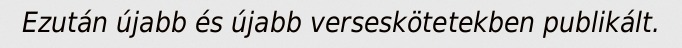
Ezután újabb és újabb verseskötetekben publikált.